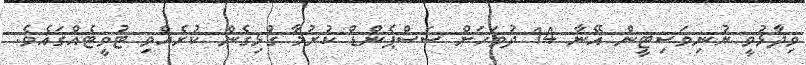
ވިދާޅުވީ ޔުނިވަސިޓީން އޭނާ 14 ދުވަހަށް ސަސްޕެންޑް ކުރުމާ ގުޅިގެން ކުރެއްވި ޓުވީޓެއްގައެވެ.